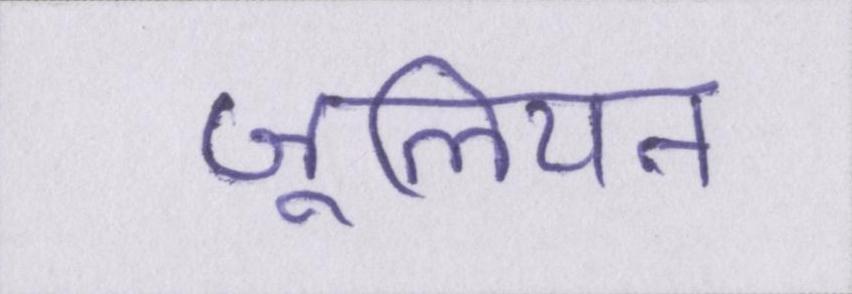
जूलियन